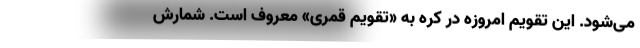
می‌شود. این تقویم امروزه در کره به «تقویم قمری» معروف است. شمارش